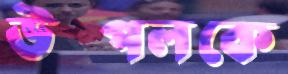
উত্পলকে